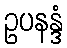
ဥပနန္ဒံ